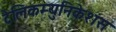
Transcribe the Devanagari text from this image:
टेलिकम्युनिकेशंस